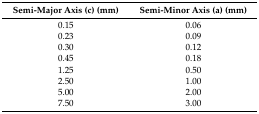
<table><thead><tr><td><b>Semi-Major Axis (c) (mm)</b></td><td><b>Semi-Minor Axis (a) (mm)</b></td></tr></thead><tbody><tr><td>0.15</td><td>0.06</td></tr><tr><td>0.23</td><td>0.09</td></tr><tr><td>0.30</td><td>0.12</td></tr><tr><td>0.45</td><td>0.18</td></tr><tr><td>1.25</td><td>0.50</td></tr><tr><td>2.50</td><td>1.00</td></tr><tr><td>5.00</td><td>2.00</td></tr><tr><td>7.50</td><td>3.00</td></tr></tbody></table>